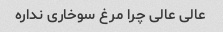
عالی عالی چرا مرغ سوخاری نداره